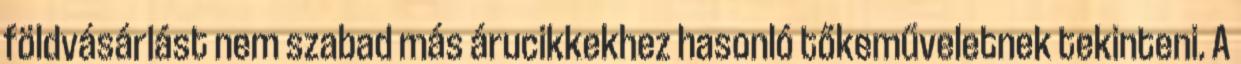
földvásárlást nem szabad más árucikkekhez hasonló tőkeműveletnek tekinteni. A